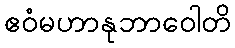
ဧဝံမဟာနုဘာဝေါတိ